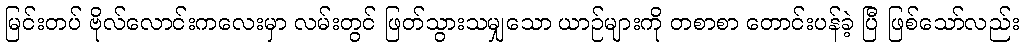
မြင်းတပ် ဗိုလ်လောင်းကလေးမှာ လမ်းတွင် ဖြတ်သွားသမျှသော ယာဉ်များကို တစာစာ တောင်းပန်ခဲ့ ပြီ ဖြစ်သော်လည်း